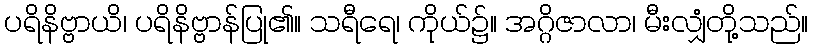
ပရိနိဗ္ဗာယိ၊ ပရိနိဗ္ဗာန်ပြု၏။ သရီရေ၊ ကိုယ်၌။ အဂ္ဂိဇာလာ၊ မီးလျှံတို့သည်။